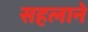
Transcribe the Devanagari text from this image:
सहलाने